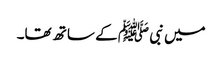
میں نبی ﷺ کے ساتھ تھا۔